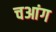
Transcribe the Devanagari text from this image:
चआंग